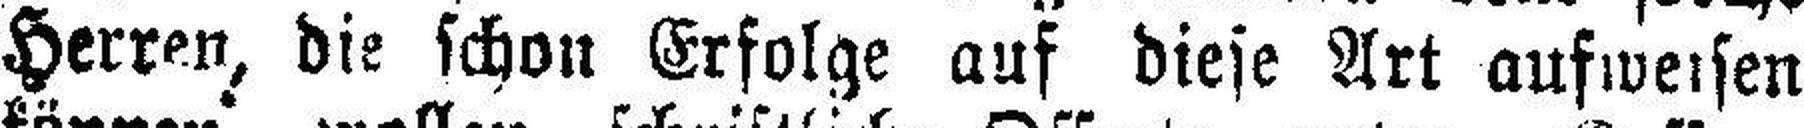
Herren, die schon Erfolge auf diese Art aufweisen